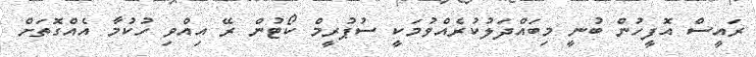
ރައީސް އޮފީހުން ބުނީ މިބައްދަލުކުރެއްވުމަކީ ސުޕުރީމް ކޯޓުން ރޭ އިއްވި ހުކުމާ އެއްގޮތަށް